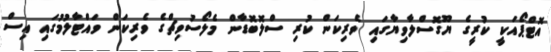
އޮޓްޕޯއަކީ ކުރީގެ ޔޫގޮސްލާވިޔާގައި ވެރިކަން ކުރި ސްލޮބޮޑާން މެލޯސުވިޗްގެ ވެރިކަން ވައްޓާލުމުގައި އިސް